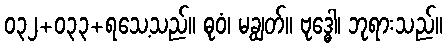
၀၃၂+၀၃၃+ရသေ့သည်။ ဓုဝံ၊ မချွတ်။ ဗုဒ္ဓေါ၊ ဘုရားသည်။